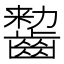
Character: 𱌠